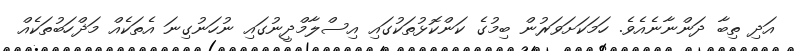
އަދި ތިބާ ދަންނާނެއެވެ. ހަމަކަށަވަރުން ބިމުގެ ކަންކޮޅުތަކުގައި އިސްލާމްދީނުގައި ނުހަނުގިނަ އެތަކެއް މަޛްހަބުތަކެއް